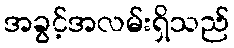
အခွင့်အလမ်းရှိသည်